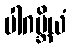
ပါဂဗ္ဘိယံ